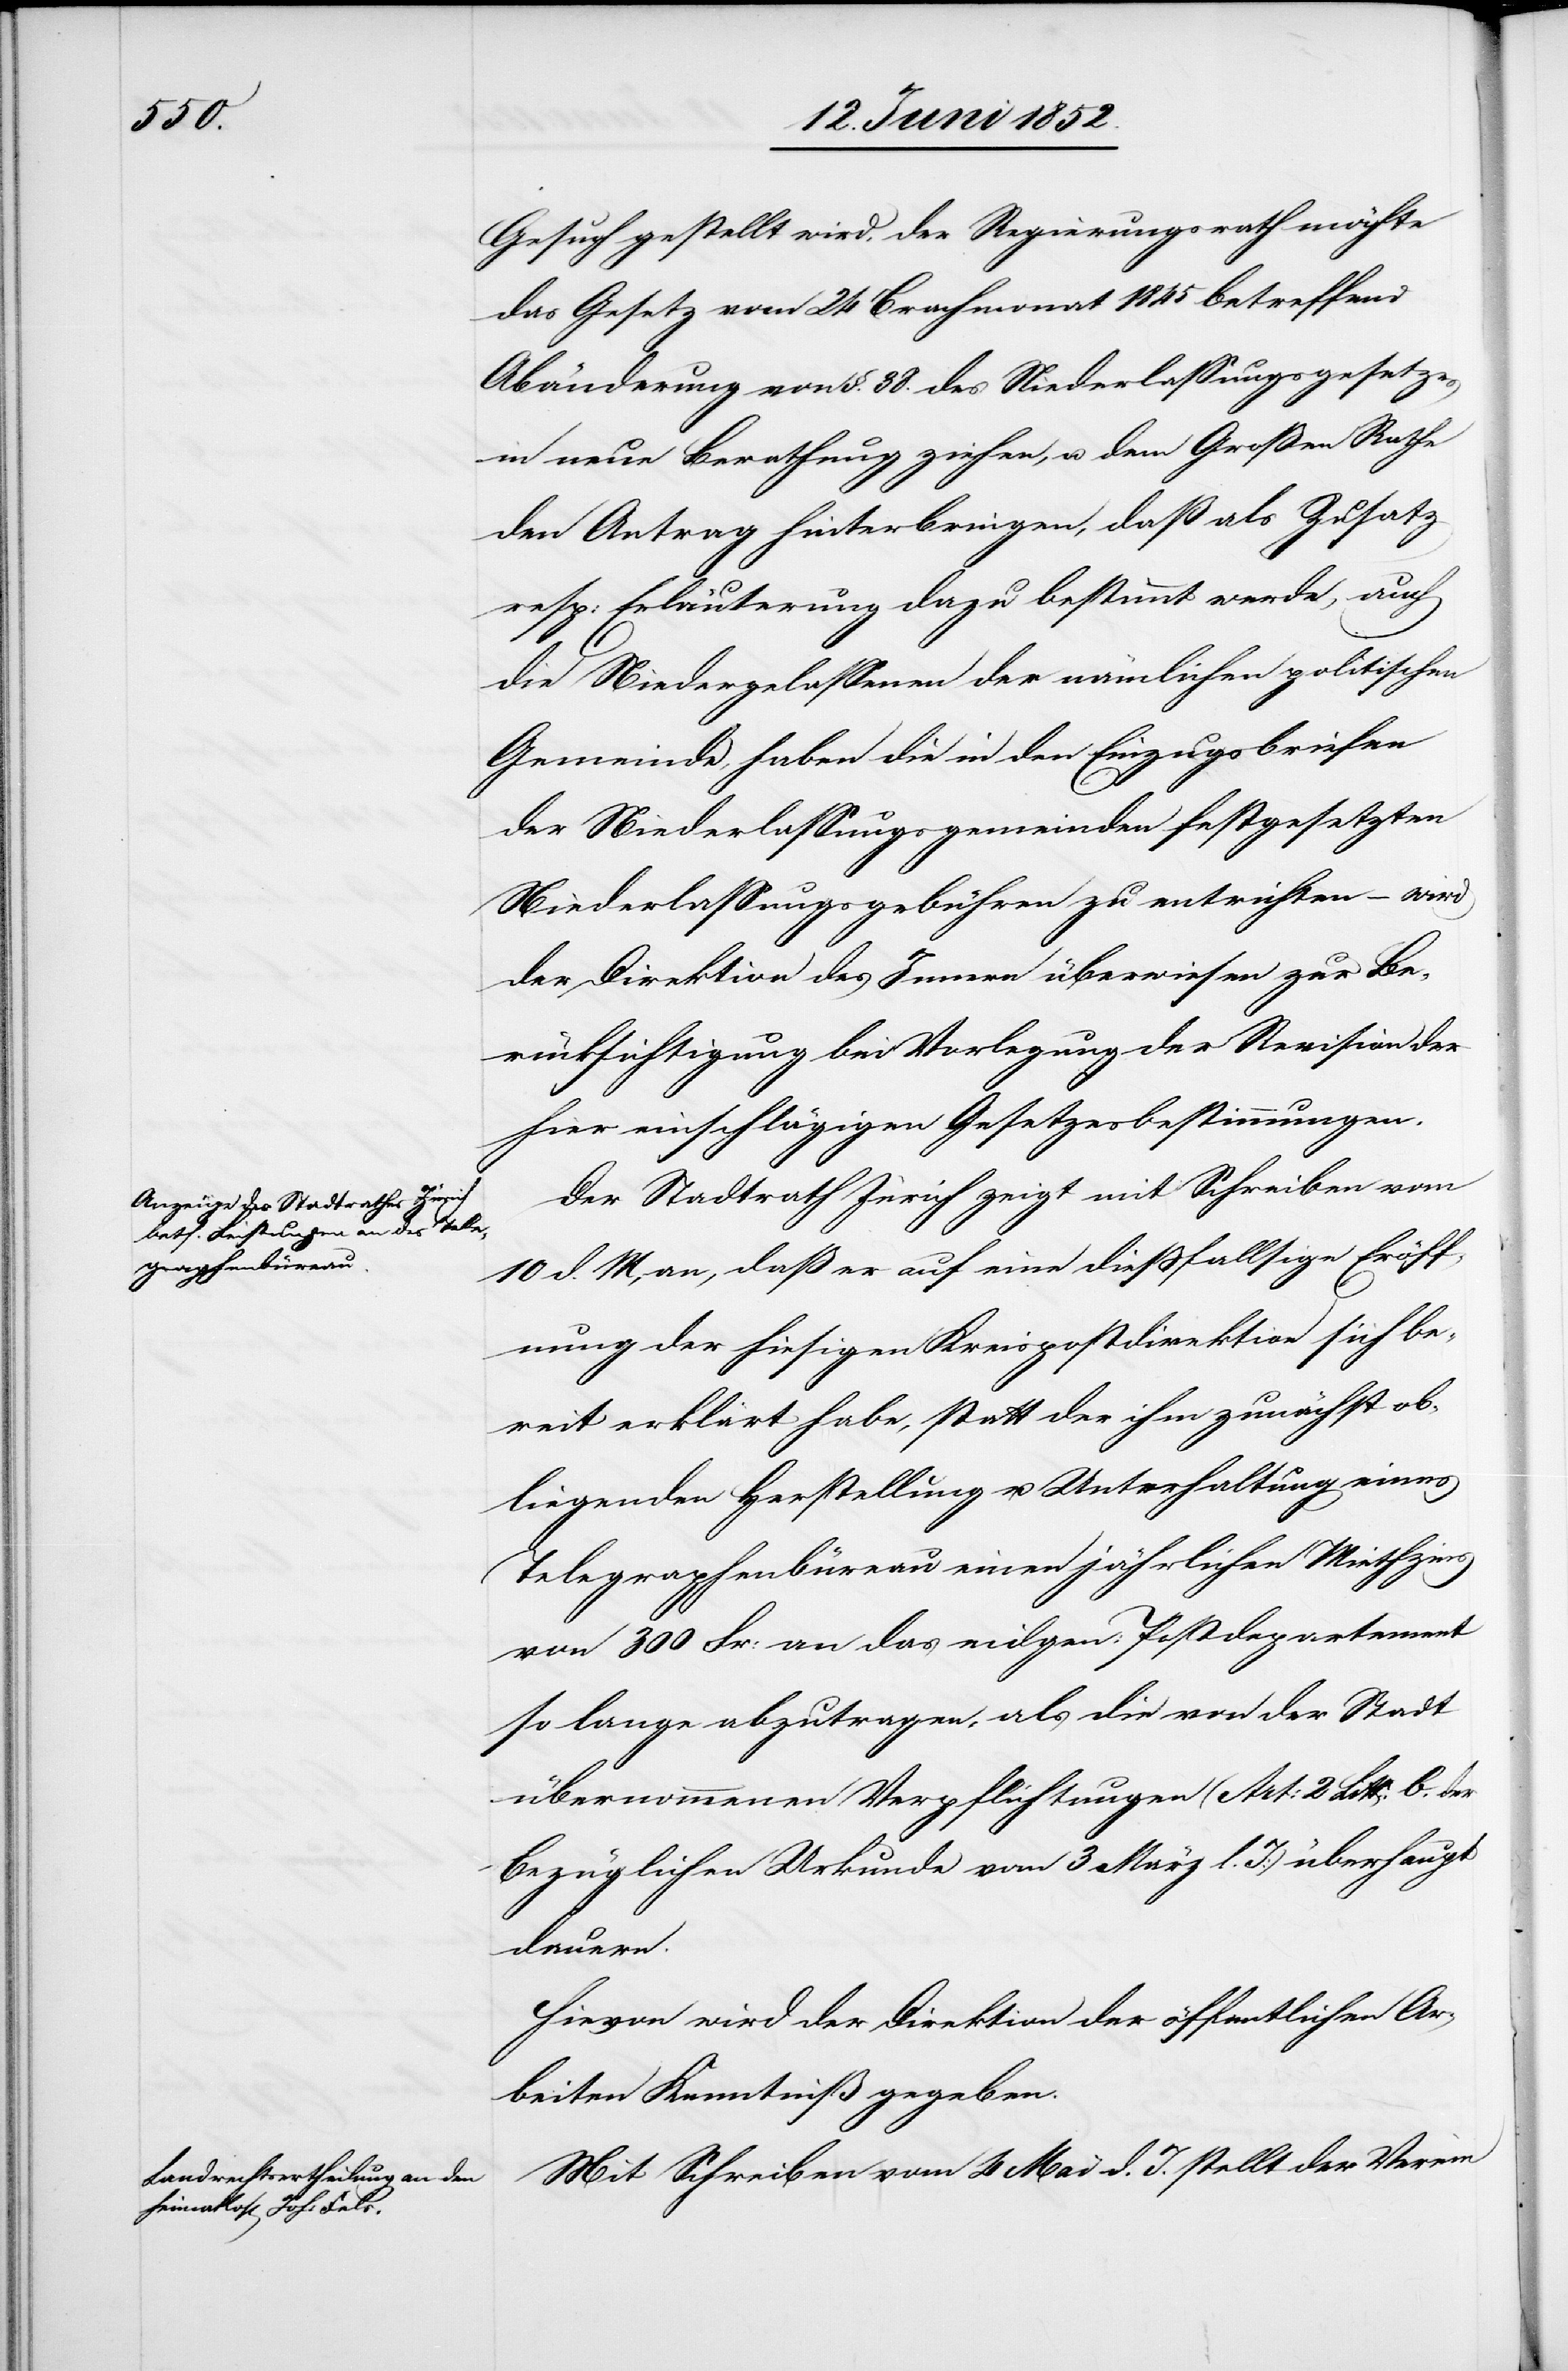
Gesuch gestellt wird, der Regierungsrath möchte
das Gesetz vom 24 Brachmonat 1845 betreffend
Abänderung von §. 38. des Niederlassungsgesetzes
in neue Berathung ziehen, u. dem Großen Rathe
den Antrag hinterbringen, daß als Zusatz
resp: Erläuterung dazu bestimmt werde, auch
die Niedergelassenen der nämlichen politischen
Gemeinde, haben die in den Einzugsbriefen
der Niederlassungsgemeinden festgesetzten
Niederlassungsgebühren zu entrichten – wird
der Direktion des Innern überwiesen zur Be¬
rücksichtigung bei Vorlegung der Revision der
hier einschlägigen Gesetzesbestimmungen.
Der Stadtrath Zürich zeigt mit Schreiben vom
10 d. M, an, daß er auf eine diessfallsige Eröff¬
nung der hiesigen Kreispostdirektion sich be¬
reit erklärt habe, statt der ihm zunächst ob¬
liegenden Herstellung u. Unterhaltung eines
Telegraphenbüreau einen jährlichen Miethzins
von 300 Fr: an das eidgen: Postdepartement
so lange abzutragen, als die von der Stadt
übernommenen Verpflichtungen (Art: 2 Litt: b. der
bezüglichen Urkunde vom 3 März l. J:) überhaupt
dauern.
Hievon wird der Direktion der öffentlichen Ar¬
beiten Kenntniß gegeben.
Mit Schreiben vom 4 Mai d. J. stellt der Verein